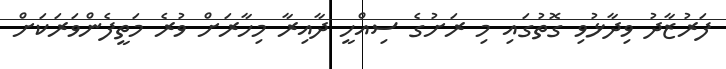
ފަރުޒާދު ވިދާޅުވި ގޮތުގައި މި ރަށުގެ ސިއްހީ ދާއިރާ މިހާރަށް ވުރެ މަތީފެންވަރަކަށް